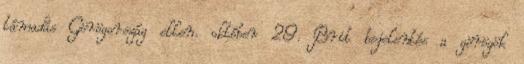
támadás Görögország ellen. október 29. Brit bejelentés a görögök